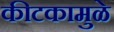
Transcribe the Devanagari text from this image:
कीटकामुळे